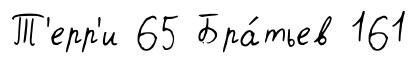
Т'ерр'и 65 Бра́тьев 161